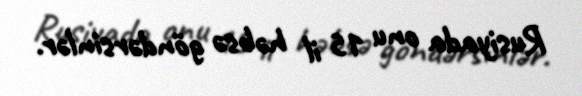
Rusiyada onu 15 il həbsə göndərsinlər.